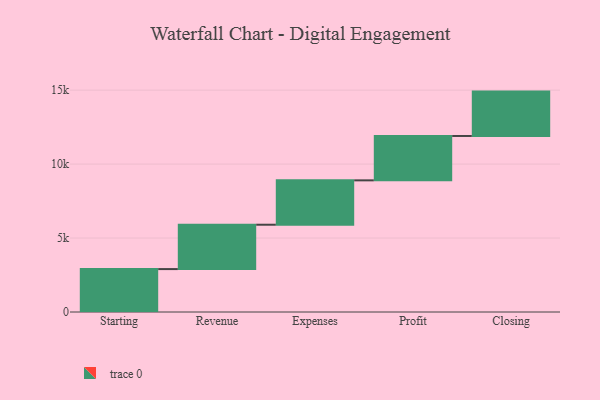
{"axis": {"x": "Step", "y": "Value"}, "legend": [""], "data": [{"x": "Starting", "y": 2901.0, "type": ""}, {"x": "Revenue", "y": 3000, "type": ""}, {"x": "Expenses", "y": 3000, "type": ""}, {"x": "Profit", "y": 3000, "type": ""}, {"x": "Closing", "y": 3000, "type": ""}]}